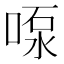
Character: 𫪴